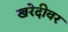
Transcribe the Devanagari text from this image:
खरेदीवर